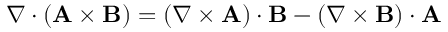
\nabla \cdot \left( \mathbf { A } \times \mathbf { B } \right) = ( \nabla \times \mathbf { A } ) \cdot \mathbf { B } - ( \nabla \times \mathbf { B } ) \cdot \mathbf { A }